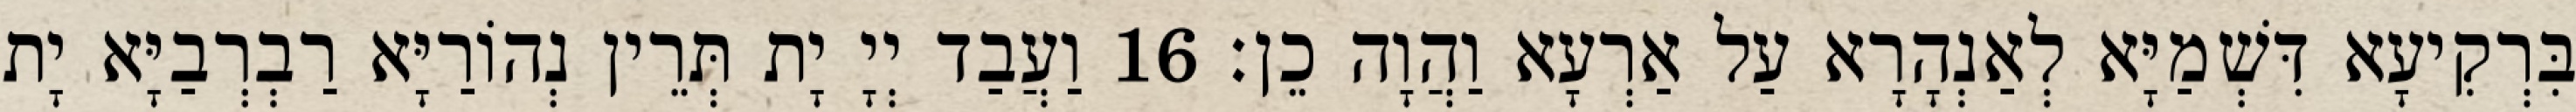
בִּרְקִיעָא דִּשְׁמַיָּא לְאַנְהָרָא עַל אַרְעָא וַהֲוָה כֵן׃ 16 וַעֲבַד יְיָ יָת תְּרֵין נְהוֹרַיָּא רַבְרְבַיָּא יָת